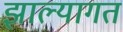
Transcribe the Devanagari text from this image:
झाल्यागत